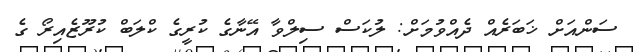
ސަންއަށް ޚަބަރެއް ދެއްވުމަށް: ލުކަސް ސިލްވާ އޭނާގެ ކުރީގެ ކްލަބް ކުރޫޒެއިރޯ ގެ